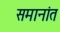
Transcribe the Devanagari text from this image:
समानांत